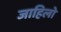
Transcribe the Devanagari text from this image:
जाहिलो